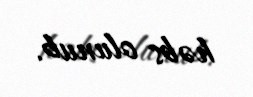
həbs olunub.